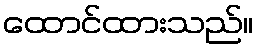
ထောင်ထားသည်။